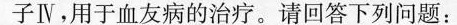
子Ⅳ，用于血友病的治疗。请回答下列问题：